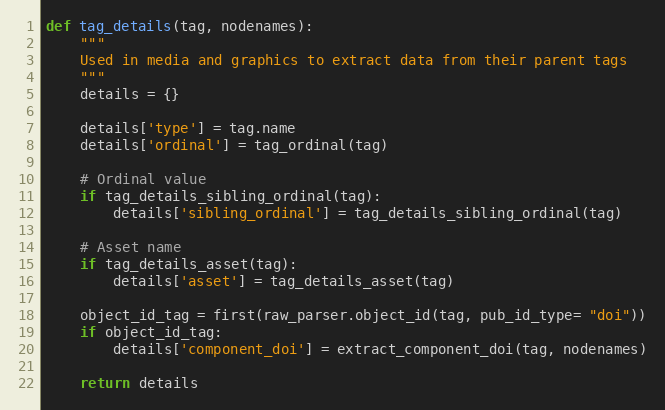
Language: Python
def tag_details(tag, nodenames):
    """
    Used in media and graphics to extract data from their parent tags
    """
    details = {}

    details['type'] = tag.name
    details['ordinal'] = tag_ordinal(tag)

    # Ordinal value
    if tag_details_sibling_ordinal(tag):
        details['sibling_ordinal'] = tag_details_sibling_ordinal(tag)

    # Asset name
    if tag_details_asset(tag):
        details['asset'] = tag_details_asset(tag)

    object_id_tag = first(raw_parser.object_id(tag, pub_id_type= "doi"))
    if object_id_tag:
        details['component_doi'] = extract_component_doi(tag, nodenames)

    return details